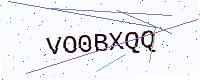
Text: VO0BXQQ